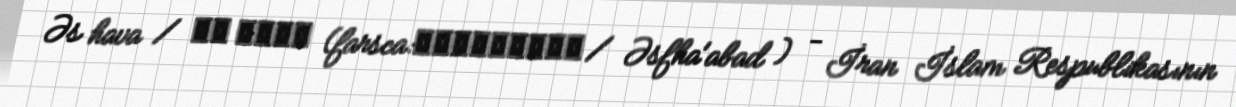
Əs hava / اس هاوا (farsca:اصفهاآباد / Əsfha'abad ) - İran İslam Respublikasının